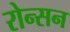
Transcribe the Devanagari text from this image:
रोन्सन